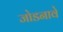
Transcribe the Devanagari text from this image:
जोडनावे